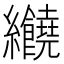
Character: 𦈂